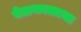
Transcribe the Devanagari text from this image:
वेळकाळाचा